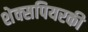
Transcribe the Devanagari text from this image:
शेक्सपियरकी